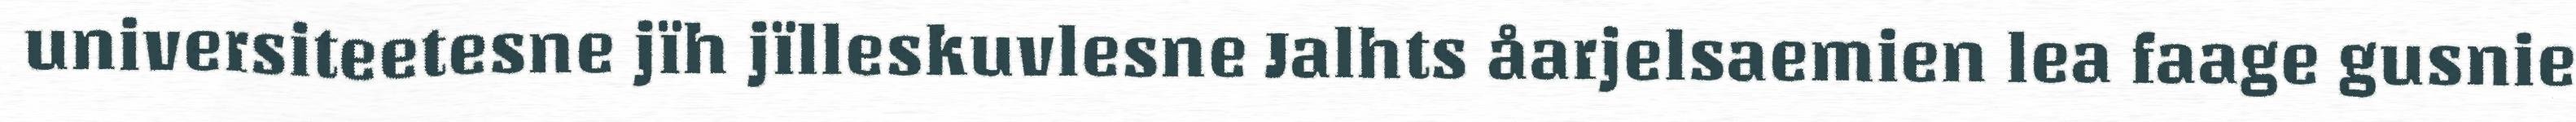
universiteetesne jïh jïlleskuvlesne Jalhts åarjelsaemien lea faage gusnie